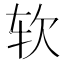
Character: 软